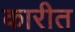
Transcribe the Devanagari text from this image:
कारीत